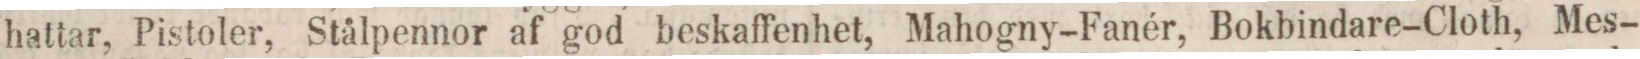
hattar, Pistoler, Stålpennor af god beskaffenhet, Mahogny-Fanér, Bokbindare-Cloth, Mes-